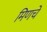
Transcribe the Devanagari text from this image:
मिणचे